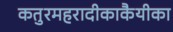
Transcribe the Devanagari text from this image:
कतुरमहरादीकाकैयीका